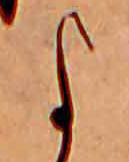
よ